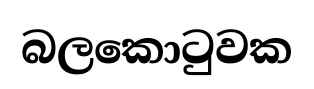
බලකොටුවක